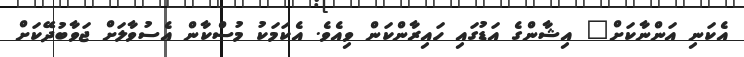
އެކަނި އަންނާކަށް" އިޝާންގެ އަޑުގައި ހައިރާންކަން ވިއެވެ. އެކަމަކު މުސްކާން އެސުވާލަށް ޖަވާބުދޭކަށް